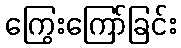
ကြွေးကြော်ခြင်း